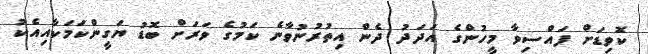
ކޮވިޑަށް ފައްސިވާ މީހުންގެ އަދަދު ދެން އިތުރުނުވާނެ ކަމުގެ ވަރަށް ބޮޑު ޔަގީންކަމަކާއިއެކު